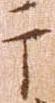
于